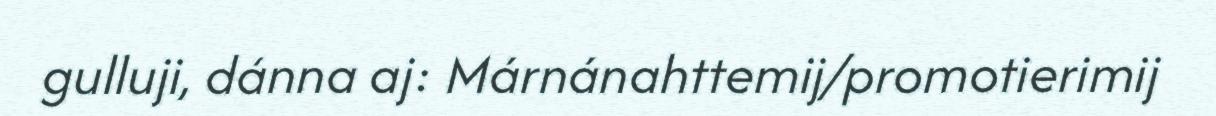
gulluji, dánna aj: Márnánahttemij/promotierimij